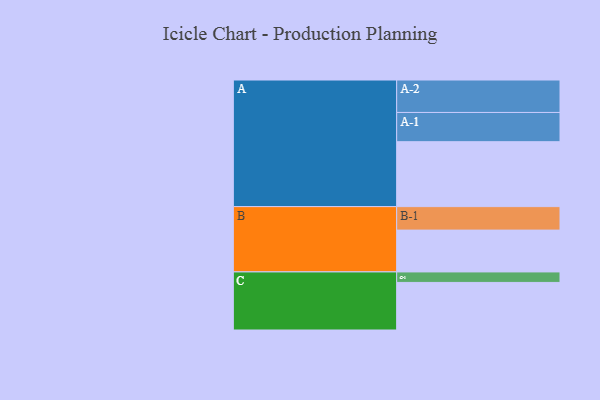
{"axis": {"x": "Segment", "y": "Value"}, "legend": ["", "A", "B", "C"], "data": [{"x": "A", "y": 520, "type": ""}, {"x": "B", "y": 335, "type": ""}, {"x": "C", "y": 381, "type": ""}, {"x": "A-1", "y": 234, "type": "A"}, {"x": "A-2", "y": 260, "type": "A"}, {"x": "B-1", "y": 188, "type": "B"}, {"x": "C-1", "y": 84, "type": "C"}]}